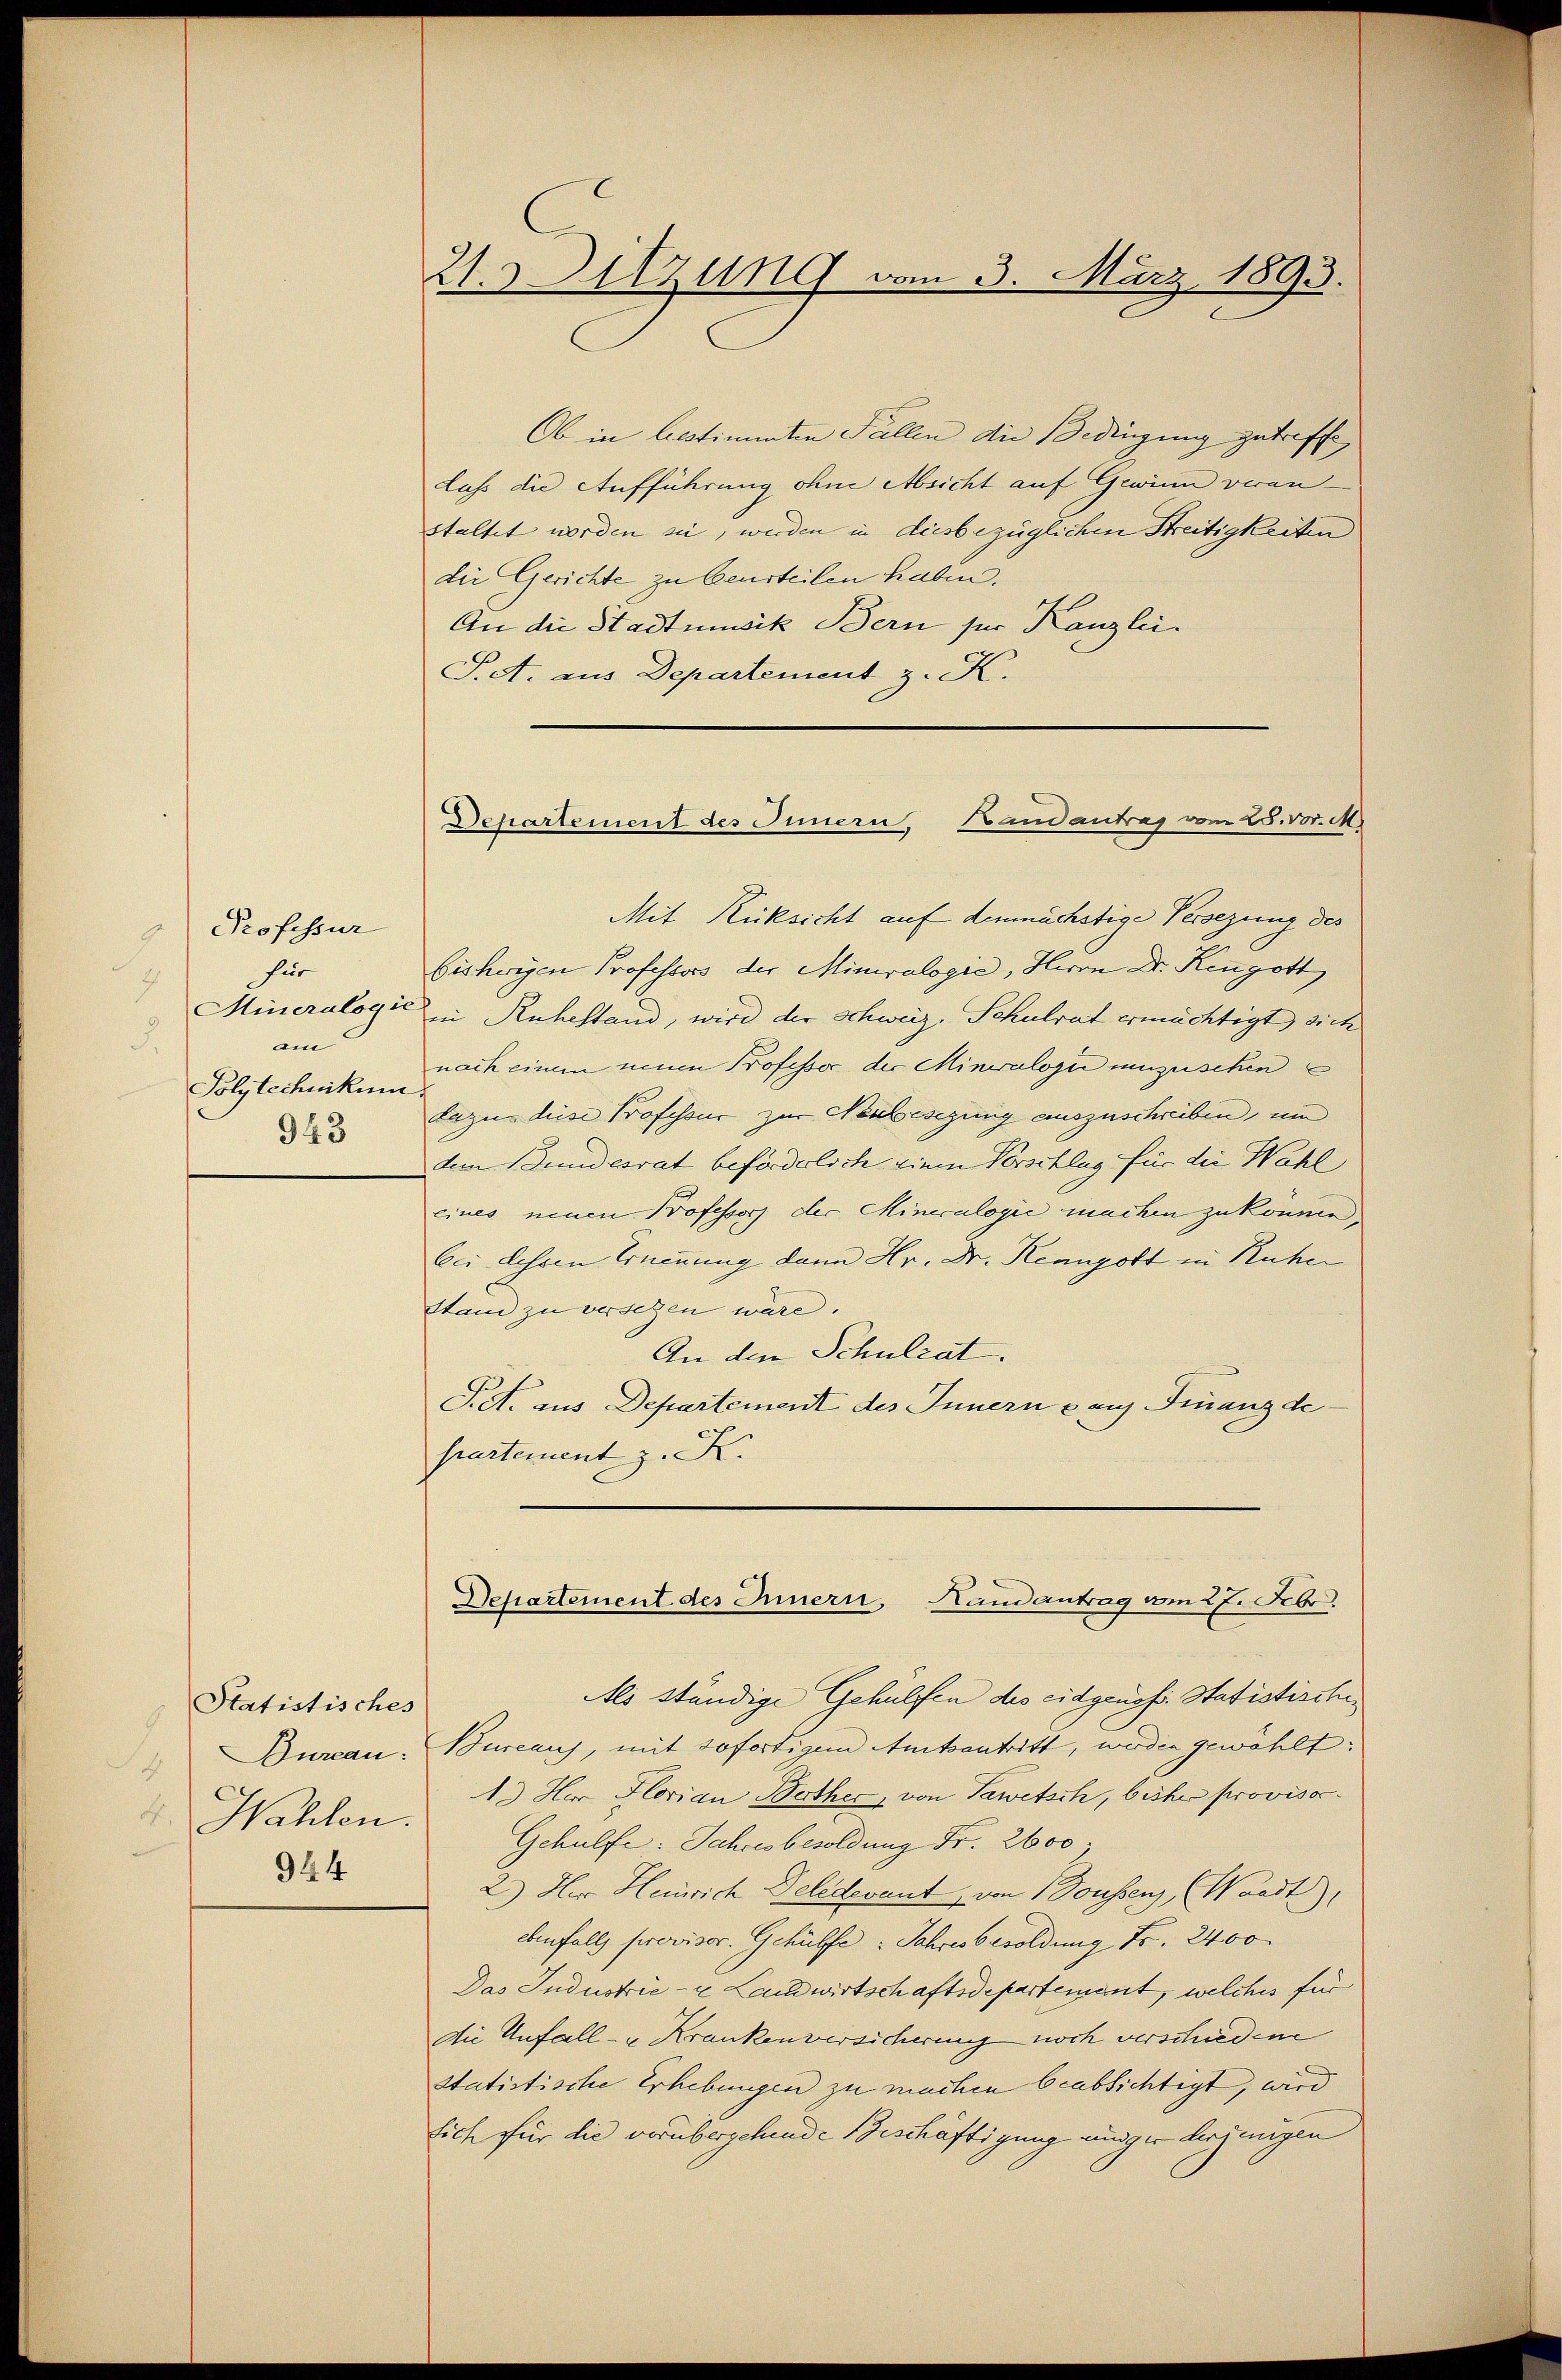
Professur
g
für
7
Mineralogis
am
.
Polytechnikum
943

Statistisches
4 Dukan:
4. Hahlen.
944

21. Sitzung vom 3. März 1893.

Departement des Innern, Bandantrag vom 28. vor. M.

Ob in bestimmten Fällen die Bedingung zutreffe,
Luss die Aufführung ohne Absicht auf Gewinn veranstaltet worden sie, werden in diesbezüglichen Streitigkeiten
die Gerichte zu beurteilen haben.
An die Stadtmusik Bern für Kanzlei.
Pet. aus Departement z. K.
Mit Rücksicht auf demnächstige Versezung des
bisherigen Professors der Mineralogie, Herrn Dr. Kengott
in Ruhestand, wird der Schweiz. Schulrat ermächtigt, sich
nach einem neuen Professor der Mineralogi umzusehen
dazu diese Professur zur Neubesezing auszuschreiben, un
dem Bundesrat beförderlich eine Vorschlag für die Wahl
eines neuen Professor der Minicalogie machen zu können,
bei Lehren Ernennung dann Hr. Dr. Renngott in Ruhe
Stand zu versezen wäre.
An den Schulrat.
Pct. aus Departement des Innern auf Finanzdeprastement z. K.
Departement des Innern, Handantrag am 27. Febr.
Als ständige Gehülfen des eidgenoss. Statistischen
Bureaus, mit sofortigem Amtsantritt, werden gewählt:
1. Her Florian Berther, von Tawetsch, bisher proviso¬
Gehülfe: Jahresbesoldung Fr. 2600.
2.) Herr Heinrich Deledevant, von 1 Doussen, (Waadt,
ebenfalls provisor. Gehülfe. Jahresbesoldung Fr. 2400
Das Industrie - Landwirtschaftsdepartement, welches für
die Unfall- u Krankenversicherung noch verschiedene
Statistische Erhebungen zu machen beabsichtigt, wird
Sich für die vorübergehende Beschäftigung undiger derjenigen